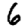
Digit: 6